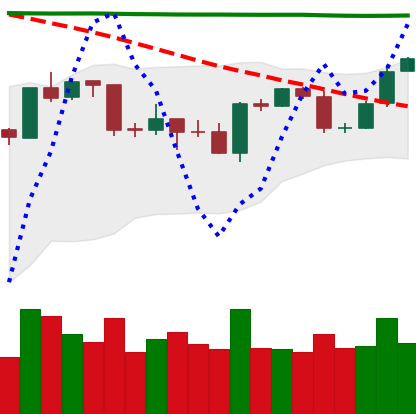
Ticker: BTC-USD
Chart end date: 2020-04-24
Forward return: 16.556%
Label: up_7plus